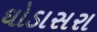
ઘોડાસરા